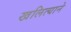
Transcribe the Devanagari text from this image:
खलित्याने